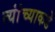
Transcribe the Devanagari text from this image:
त्यांंच्याकडे